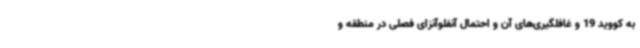
به کووید 19 و غافلگیری‌های آن و احتمال آنفلوآنزای فصلی در منطقه و